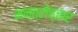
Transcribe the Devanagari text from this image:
मन्त्रोच्चार